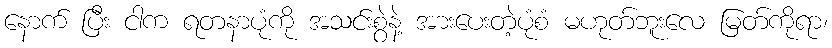
နောက် ပြီး ငါက ရတနာပုံကို အသင်းစွဲနဲ့ အားပေးတဲ့ပုံစံ မဟုတ်ဘူးလေ မြတ်ကိုရာ၊